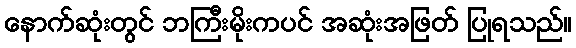
နောက်ဆုံးတွင် ဘကြီးမိုးကပင် အဆုံးအဖြတ် ပြုရသည်။